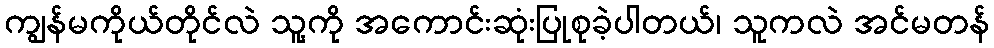
ကျွန်မကိုယ်တိုင်လဲ သူ့ကို အကောင်းဆုံးပြုစုခဲ့ပါတယ်၊ သူကလဲ အင်မတန်